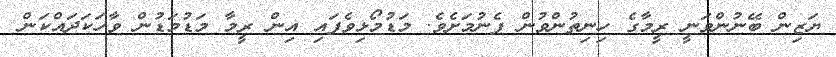
ޔަޒިން ބޭނުންވަނީ ރީމާގެ ހިނިތުންވުން ފެނުމަށެވެ. މަޑުމޯޅިވެފައި އިން ރީމާ މަޑުމަޑުން ވާހަކަދައްކަން